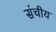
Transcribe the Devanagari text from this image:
संचीय